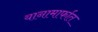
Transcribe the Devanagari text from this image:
यानामार्फात